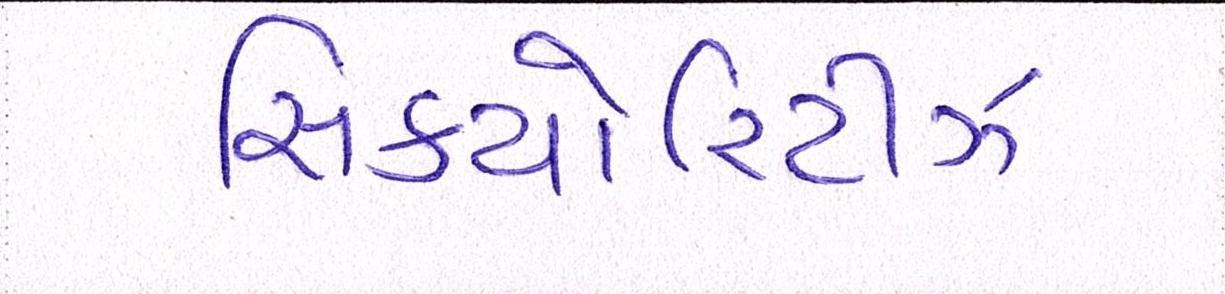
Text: સિક્યોરિટીઝ